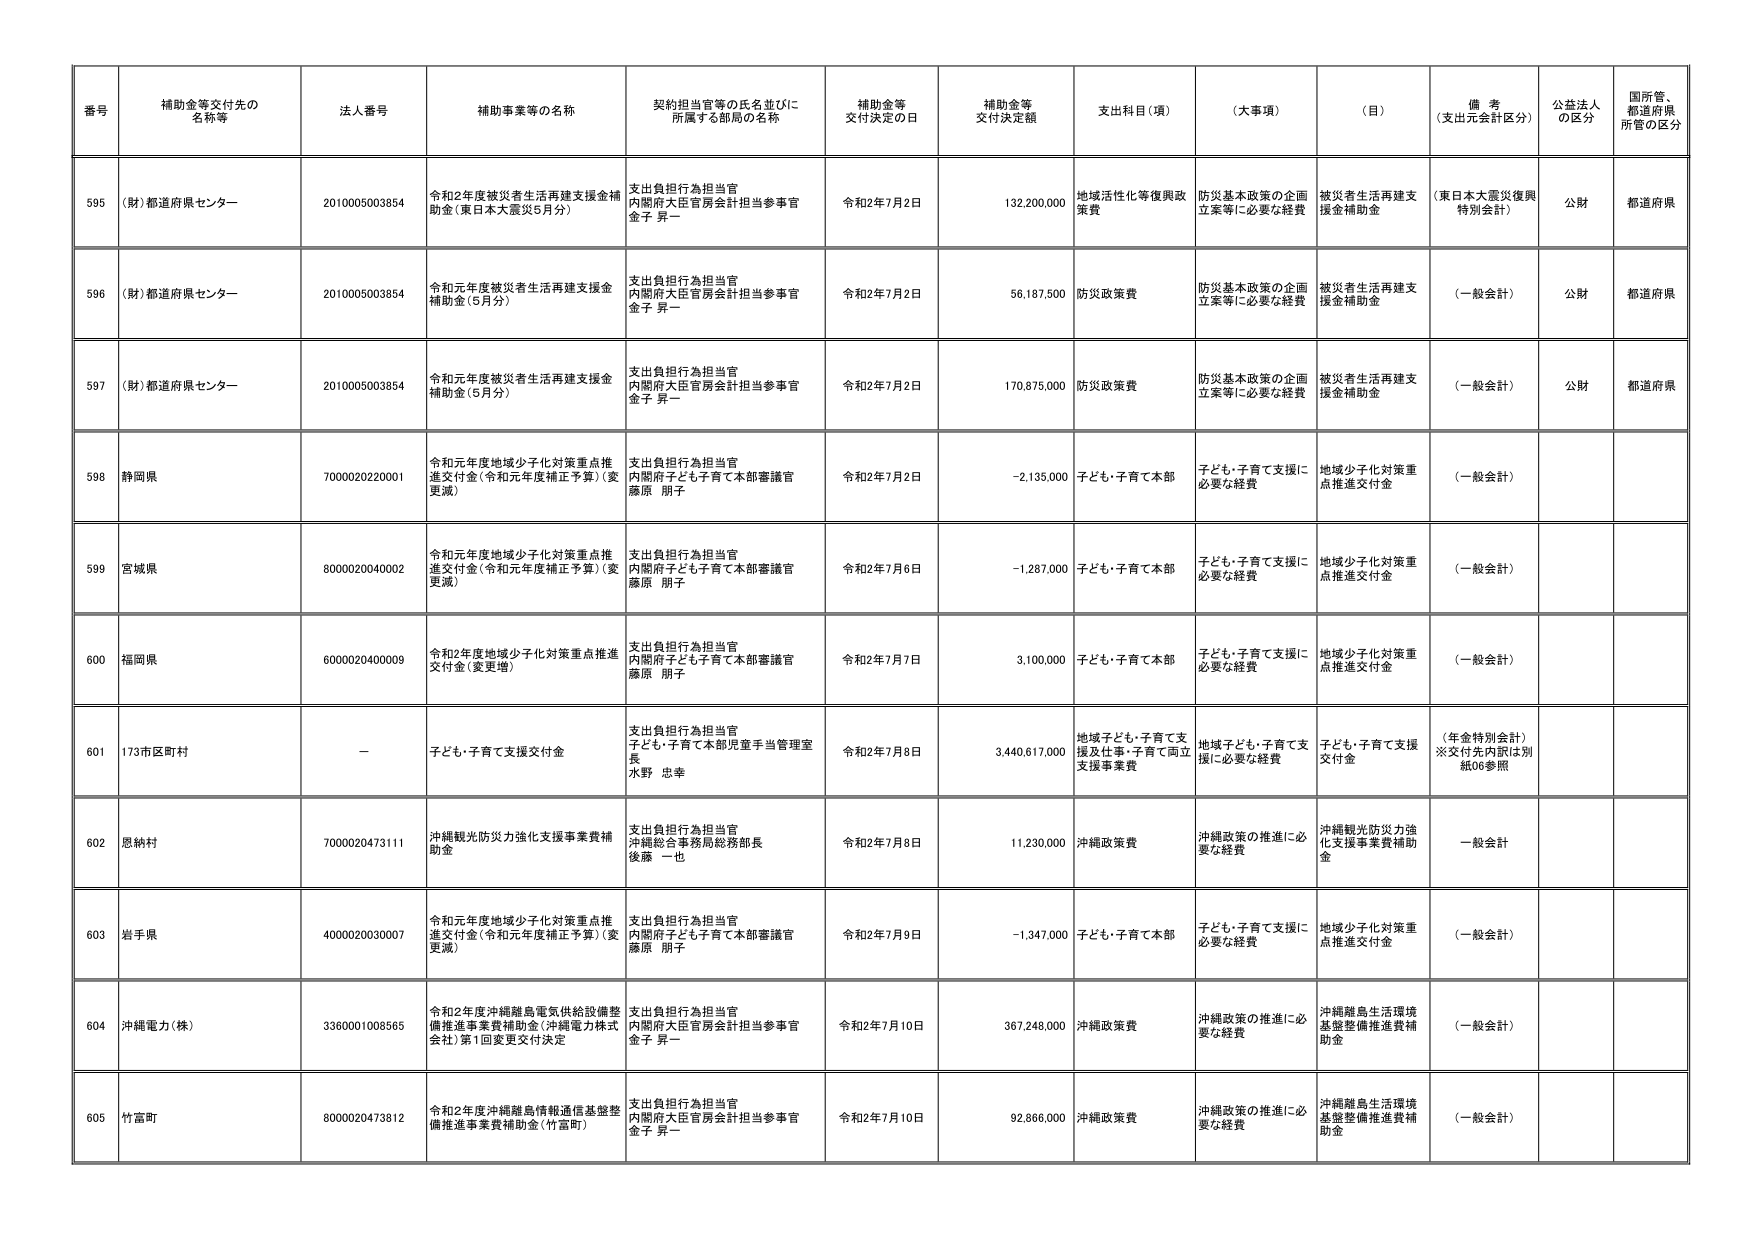
番号 補助金等交付先の名称等 法人番号 補助事業等の名称 契約担当官等の氏名並びに所属する部局の名称 補助金等交付決定の日 補助金等交付決定額 支出科目（項） （大事項） （目） 備考（支出元会計区分） 公益法人の区分 国所管、都道府県所管の区分
595 （財）都道府県センター 2010005003854 令和2年度被災者生活再建支援金補助金（東日本大震災5月分） 支出負担行為担当官 内閣府大臣官房会計担当参事官 金子 昇一 令和2年7月2日 132,200,000 地域活性化等復興政策費 防災基本政策の企画立案等に必要な経費 被災者生活再建支援金補助金 （東日本大震災復興特別会計） 公財 都道府県
596 （財）都道府県センター 2010005003854 令和元年度被災者生活再建支援金補助金（5月分） 支出負担行為担当官 内閣府大臣官房会計担当参事官 金子 昇一 令和2年7月2日 56,187,500 防災政策費 防災基本政策の企画立案等に必要な経費 被災者生活再建支援金補助金 （一般会計） 公財 都道府県
597 （財）都道府県センター 2010005003854 令和元年度被災者生活再建支援金補助金（5月分） 支出負担行為担当官 内閣府大臣官房会計担当参事官 金子 昇一 令和2年7月2日 170,875,000 防災政策費 防災基本政策の企画立案等に必要な経費 被災者生活再建支援金補助金 （一般会計） 公財 都道府県
598 静岡県 7000020220001 令和元年度地域少子化対策重点推進交付金（令和元年度補正予算）（変更減） 支出負担行為担当官 内閣府子ども・子育て本部審議官 藤原 朋子 令和2年7月2日 -2,135,000 子ども・子育て本部 子ども・子育て支援に必要な経費 地域少子化対策重点推進交付金 （一般会計）
599 宮城県 8000020040002 令和元年度地域少子化対策重点推進交付金（令和元年度補正予算）（変更減） 支出負担行為担当官 内閣府子ども・子育て本部審議官 藤原 朋子 令和2年7月6日 -1,287,000 子ども・子育て本部 子ども・子育て支援に必要な経費 地域少子化対策重点推進交付金 （一般会計）
600 福岡県 6000020400009 令和2年度地域少子化対策重点推進交付金（変更増） 支出負担行為担当官 内閣府子ども・子育て本部審議官 藤原 朋子 令和2年7月7日 3,100,000 子ども・子育て本部 子ども・子育て支援に必要な経費 地域少子化対策重点推進交付金 （一般会計）
601 173市区町村 － 子ども・子育て支援交付金 支出負担行為担当官 子ども・子育て本部児童手当管理室長 水野 忠幸 令和2年7月8日 3,440,617,000 地域子ども・子育て支援及仕事・子育て両立支援事業費 地域子ども・子育て支援に必要な経費 子ども・子育て支援交付金 （年金特別会計）※交付先内訳は別紙06参照
602 恩納村 7000020473111 沖縄観光防災力強化支援事業費補助金 支出負担行為担当官 沖縄総合事務局総務部長 後藤 一也 令和2年7月8日 11,230,000 沖縄政策費 沖縄政策の推進に必要な経費 沖縄観光防災力強化支援事業費補助金 一般会計
603 岩手県 4000020030007 令和元年度地域少子化対策重点推進交付金（令和元年度補正予算）（変更減） 支出負担行為担当官 内閣府子ども・子育て本部審議官 藤原 朋子 令和2年7月9日 -1,347,000 子ども・子育て本部 子ども・子育て支援に必要な経費 地域少子化対策重点推進交付金 （一般会計）
604 沖縄電力（株） 3360001008565 令和2年度沖縄離島電気供給設備整備推進事業費補助金（沖縄電力株式会社）第1回変更交付決定 支出負担行為担当官 内閣府大臣官房会計担当参事官 金子 昇一 令和2年7月10日 367,248,000 沖縄政策費 沖縄政策の推進に必要な経費 沖縄離島生活環境基盤整備推進費補助金 （一般会計）
605 竹富町 8000020473812 令和2年度沖縄離島情報通信基盤整備推進事業費補助金（竹富町） 支出負担行為担当官 内閣府大臣官房会計担当参事官 金子 昇一 令和2年7月10日 92,866,000 沖縄政策費 沖縄政策の推進に必要な経費 沖縄離島生活環境基盤整備推進費補助金 （一般会計）